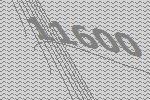
11600